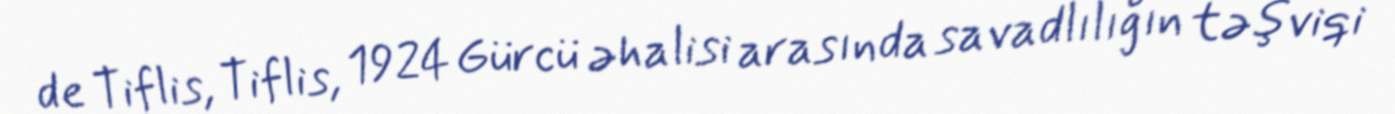
de Tiflis, Tiflis, 1924 Gürcü əhalisi arasında savadlılığın təşviqi